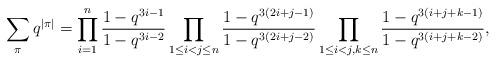
LaTeX: \begin{align*}\sum_{\pi}q^{|\pi|}=\prod_{i=1}^{n}\frac{1-q^{3i-1}}{1-q^{3i-2}}\prod_{1\leq i<j\leq n}\frac{1-q^{3(2i+j-1)}}{1-q^{3(2i+j-2)}}\prod_{1\leq i<j,k\leq n}\frac{1-q^{3(i+j+k-1)}}{1-q^{3(i+j+k-2)}},\end{align*}